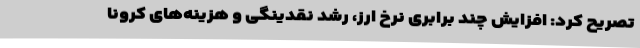
تصریح کرد: افزایش چند برابری نرخ ارز، رشد نقدینگی و هزینه‌های کرونا